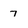
Character: 7